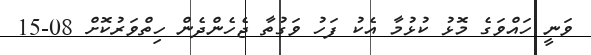
ވަނީ ހައްވަގެ މޮޅު ކުޅުމާ އެކު ފަހު ވަގުތާ ޖެހެންދެން ހިތްވަރުކޮށް 08-15